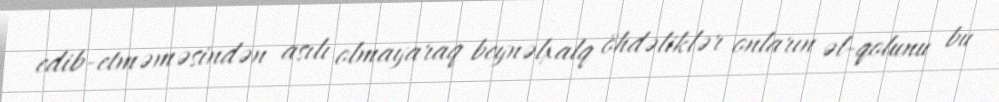
edib-etməməsindən asılı olmayaraq beynəlxalq öhdəliklər onların əl-qolunu bu